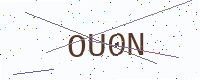
Text: OU0N